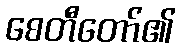
စေတီတော်၏